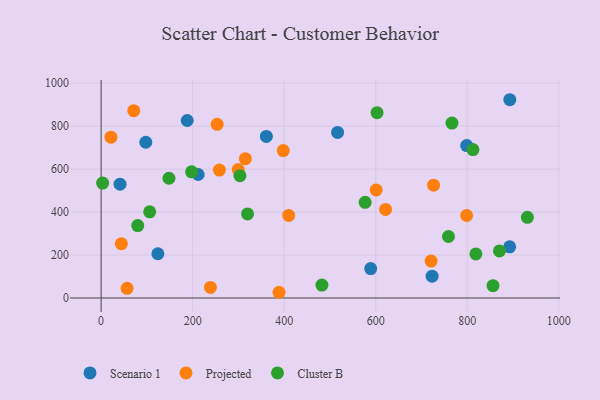
{"axis": {"x": "Experience", "y": "Exam Score"}, "legend": ["Cluster B", "Projected", "Scenario 1"], "data": [{"x": "723.1", "y": 101.4, "type": "Scenario 1"}, {"x": "588.9", "y": 136.9, "type": "Scenario 1"}, {"x": "516.6", "y": 770.9, "type": "Scenario 1"}, {"x": "212.0", "y": 574.9, "type": "Scenario 1"}, {"x": "124.0", "y": 206.0, "type": "Scenario 1"}, {"x": "188.1", "y": 826.4, "type": "Scenario 1"}, {"x": "361.0", "y": 752.1, "type": "Scenario 1"}, {"x": "97.6", "y": 725.0, "type": "Scenario 1"}, {"x": "892.8", "y": 923.1, "type": "Scenario 1"}, {"x": "798.7", "y": 709.4, "type": "Scenario 1"}, {"x": "892.5", "y": 238.3, "type": "Scenario 1"}, {"x": "41.3", "y": 530.1, "type": "Scenario 1"}, {"x": "798.5", "y": 384.0, "type": "Projected"}, {"x": "600.9", "y": 503.0, "type": "Projected"}, {"x": "397.9", "y": 686.2, "type": "Projected"}, {"x": "388.7", "y": 26.6, "type": "Projected"}, {"x": "315.1", "y": 648.4, "type": "Projected"}, {"x": "44.2", "y": 253.1, "type": "Projected"}, {"x": "56.8", "y": 45.2, "type": "Projected"}, {"x": "258.4", "y": 595.4, "type": "Projected"}, {"x": "726.2", "y": 525.1, "type": "Projected"}, {"x": "238.8", "y": 49.3, "type": "Projected"}, {"x": "253.5", "y": 808.6, "type": "Projected"}, {"x": "21.5", "y": 748.9, "type": "Projected"}, {"x": "720.9", "y": 172.0, "type": "Projected"}, {"x": "409.6", "y": 384.2, "type": "Projected"}, {"x": "299.5", "y": 597.9, "type": "Projected"}, {"x": "621.4", "y": 412.5, "type": "Projected"}, {"x": "71.3", "y": 872.2, "type": "Projected"}, {"x": "80.0", "y": 337.0, "type": "Cluster B"}, {"x": "818.7", "y": 205.3, "type": "Cluster B"}, {"x": "758.8", "y": 286.3, "type": "Cluster B"}, {"x": "148.2", "y": 557.4, "type": "Cluster B"}, {"x": "197.7", "y": 587.6, "type": "Cluster B"}, {"x": "602.8", "y": 862.9, "type": "Cluster B"}, {"x": "576.8", "y": 445.2, "type": "Cluster B"}, {"x": "766.4", "y": 814.6, "type": "Cluster B"}, {"x": "3.3", "y": 534.8, "type": "Cluster B"}, {"x": "931.2", "y": 375.4, "type": "Cluster B"}, {"x": "303.3", "y": 569.2, "type": "Cluster B"}, {"x": "870.2", "y": 219.0, "type": "Cluster B"}, {"x": "482.4", "y": 60.2, "type": "Cluster B"}, {"x": "856.1", "y": 57.3, "type": "Cluster B"}, {"x": "106.1", "y": 401.4, "type": "Cluster B"}, {"x": "812.3", "y": 691.0, "type": "Cluster B"}, {"x": "319.9", "y": 391.6, "type": "Cluster B"}]}